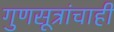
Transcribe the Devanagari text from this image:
गुणसूत्रांचाही